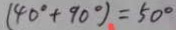
( 4 0 ^ { \circ } + 9 0 ^ { \circ } ) = 5 0 ^ { \circ }